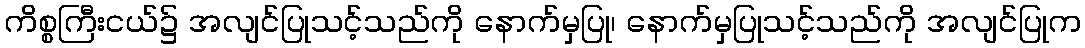
ကိစ္စကြီးငယ်၌ အလျင်ပြုသင့်သည်ကို နောက်မှပြု၊ နောက်မှပြုသင့်သည်ကို အလျင်ပြုက